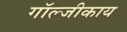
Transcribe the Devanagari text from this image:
गॉल्जीकाय